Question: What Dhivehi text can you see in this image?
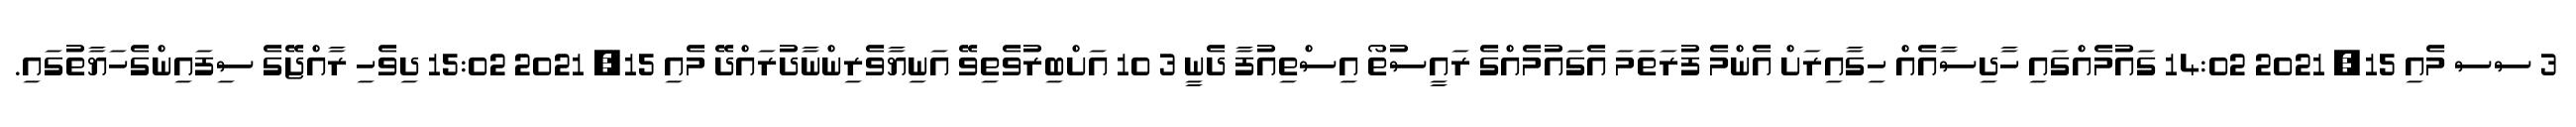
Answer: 3 ސސ މެއި 15, 2021 14:02 ގައުމެއްގައި ހާދިސާއެއް ހިގާއިރަށް އެންމެ ފުރަތަމަ އެގައުމެއްގެ ރައީސުތޯ އިސްތިއުފާ ދެނީ 3 10 އަށްބިރުވެތިވޭ އަނިޔާވެރިންނާދުރައްދޭ މެއި 15, 2021 15:02 ދިވެހި ރާއްޖޭގެ ސިފައިންގެހަޔާތުގައި.